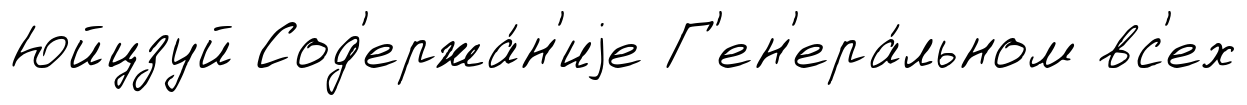
Юйцзуй Сод'ержа́н'иjе Г'ен'ера́льном вс'ех